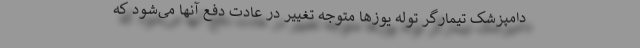
دامپزشک تیمارگر توله یوزها متوجه تغییر در عادت دفع آنها می‌شود که